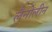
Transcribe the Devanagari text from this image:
लैनोलीन